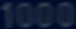
1000